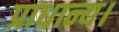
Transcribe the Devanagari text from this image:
प्राधान्य।